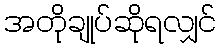
အတိုချုပ်ဆိုရလျှင်